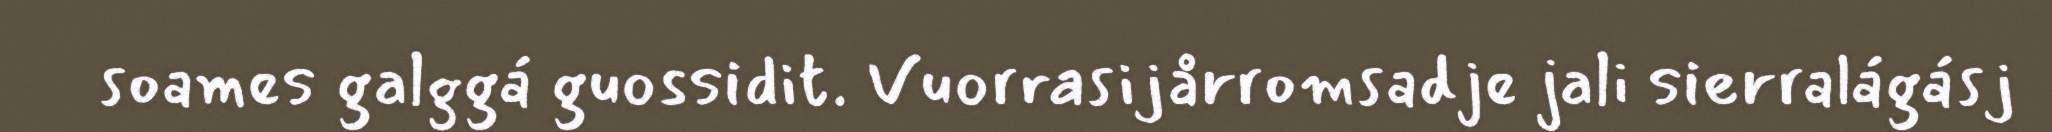
soames galggá guossidit. Vuorrasijårromsadje jali sierralágásj